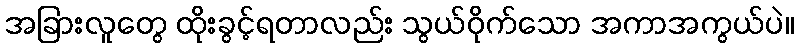
အခြားလူတွေ ထိုးခွင့်ရတာလည်း သွယ်ဝိုက်သော အကာအကွယ်ပဲ။